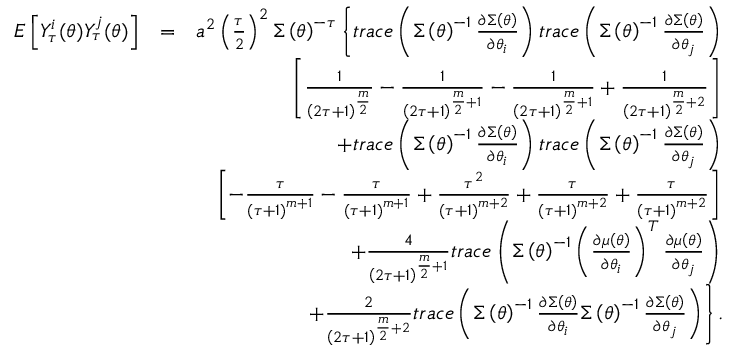
\begin{array} { r l r } { E \left[ Y _ { \tau } ^ { i } ( \boldsymbol { \theta } ) Y _ { \tau } ^ { j } ( \boldsymbol { \theta } ) \right] } & { = } & { a ^ { 2 } \left( \frac { \tau } { 2 } \right) ^ { 2 } \boldsymbol { \Sigma } \left( \boldsymbol { \theta } \right) ^ { - \tau } \left\{ t r a c e \left( \boldsymbol { \Sigma } \left( \boldsymbol { \theta } \right) ^ { - 1 } \frac { \partial \boldsymbol { \Sigma } \left( \boldsymbol { \theta } \right) } { \partial \theta _ { i } } \right) t r a c e \left( \boldsymbol { \Sigma } \left( \boldsymbol { \theta } \right) ^ { - 1 } \frac { \partial \boldsymbol { \Sigma } \left( \boldsymbol { \theta } \right) } { \partial \theta _ { j } } \right) \right. } \\ & { } & { \left. \left[ \frac { 1 } { \left( 2 \tau + 1 \right) ^ { \frac { m } { 2 } } } - \frac { 1 } { \left( 2 \tau + 1 \right) ^ { \frac { m } { 2 } + 1 } } - \frac { 1 } { \left( 2 \tau + 1 \right) ^ { \frac { m } { 2 } + 1 } } + \frac { 1 } { \left( 2 \tau + 1 \right) ^ { \frac { m } { 2 } + 2 } } \right] \right. } \\ & { } & { \left. + t r a c e \left( \boldsymbol { \Sigma } \left( \boldsymbol { \theta } \right) ^ { - 1 } \frac { \partial \boldsymbol { \Sigma } \left( \boldsymbol { \theta } \right) } { \partial \theta _ { i } } \right) t r a c e \left( \boldsymbol { \Sigma } \left( \boldsymbol { \theta } \right) ^ { - 1 } \frac { \partial \boldsymbol { \Sigma } \left( \boldsymbol { \theta } \right) } { \partial \theta _ { j } } \right) \right. } \\ & { } & { \left. \left[ - \frac { \tau } { \left( \tau + 1 \right) ^ { m + 1 } } - \frac { \tau } { \left( \tau + 1 \right) ^ { m + 1 } } + \frac { \tau ^ { 2 } } { \left( \tau + 1 \right) ^ { m + 2 } } + \frac { \tau } { \left( \tau + 1 \right) ^ { m + 2 } } + \frac { \tau } { \left( \tau + 1 \right) ^ { m + 2 } } \right] \right. } \\ & { } & { \left. + \frac { 4 } { \left( 2 \tau + 1 \right) ^ { \frac { m } { 2 } + 1 } } t r a c e \left( \boldsymbol { \Sigma } \left( \boldsymbol { \theta } \right) ^ { - 1 } \left( \frac { \partial \boldsymbol { \mu } \left( \boldsymbol { \theta } \right) } { \partial \theta _ { i } } \right) ^ { T } \frac { \partial \boldsymbol { \mu } \left( \boldsymbol { \theta } \right) } { \partial \theta _ { j } } \right) \right. } \\ & { } & { \left. + \frac { 2 } { \left( 2 \tau + 1 \right) ^ { \frac { m } { 2 } + 2 } } t r a c e \left( \boldsymbol { \Sigma } \left( \boldsymbol { \theta } \right) ^ { - 1 } \frac { \partial \boldsymbol { \Sigma } \left( \boldsymbol { \theta } \right) } { \partial \theta _ { i } } \boldsymbol { \Sigma } \left( \boldsymbol { \theta } \right) ^ { - 1 } \frac { \partial \boldsymbol { \Sigma } \left( \boldsymbol { \theta } \right) } { \partial \theta _ { j } } \right) \right\} . } \end{array}